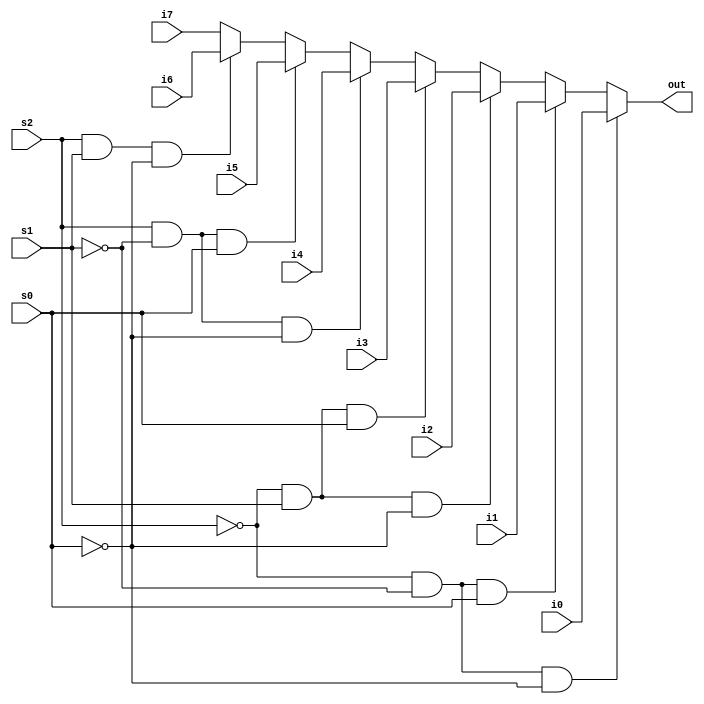
module newmult8_to_1_5(out, i0, i1, i2, i3, i4, i5, i6, i7, s0, s1, s2);
output [4:0] out;
input [4:0] i0, i1, i2, i3, i4, i5, i6, i7;
input s0, s1, s2;

assign out = (s2 == 0 && s1 == 0 && s0 == 0) ? i0 :
             (s2 == 0 && s1 == 0 && s0 == 1) ? i1 :
             (s2 == 0 && s1 == 1 && s0 == 0) ? i2 :
             (s2 == 0 && s1 == 1 && s0 == 1) ? i3 :
             (s2 == 1 && s1 == 0 && s0 == 0) ? i4 :
             (s2 == 1 && s1 == 0 && s0 == 1) ? i5 :
             (s2 == 1 && s1 == 1 && s0 == 0) ? i6 :
                                               i7;
endmodule